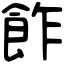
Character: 飵